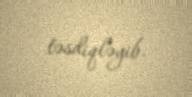
təsdiqləyib.